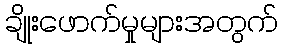
ချိုးဖောက်မှုများအတွက်